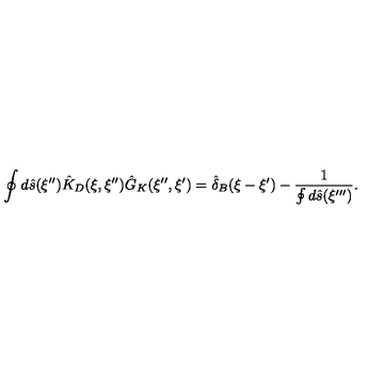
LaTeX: \oint { d } \hat { s } ( \xi ^ { \prime \prime } ) { \hat { K } _ { D } } ( \xi , \xi ^ { \prime \prime } ) { \hat { G } _ { K } } ( \xi ^ { \prime \prime } , \xi ^ { \prime } ) = { \hat { \delta } _ { B } } ( \xi - \xi ^ { \prime } ) - { \frac { 1 } { \oint { d } \hat { s } ( \xi ^ { \prime \prime \prime } ) } } .